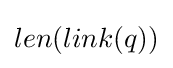
len(link(q))